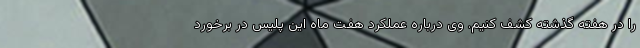
را در هفته گذشته کشف کنیم. وی درباره عملکرد هفت ماه این پلیس در برخورد